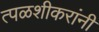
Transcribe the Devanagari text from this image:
त्पळशीकरांनी